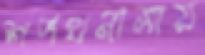
শপথনামায়